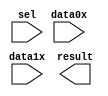
// megafunction wizard: %LPM_MUX%VBB%
// GENERATION: STANDARD
// VERSION: WM1.0
// MODULE: lpm_mux 

// ============================================================
// Megafunction Name(s):
// 			lpm_mux
//
// Simulation Library Files(s):
// 			lpm
// ============================================================
// ************************************************************
// THIS IS A WIZARD-GENERATED FILE. DO NOT EDIT THIS FILE!
//
// 9.1 Build 222 10/21/2009 SJ Full Version
// ************************************************************

//Copyright (C) 1991-2009 Altera Corporation
//Your use of Altera Corporation's design tools, logic functions 
//and other software and tools, and its AMPP partner logic 
//functions, and any output files from any of the foregoing 
//(including device programming or simulation files), and any 
//associated documentation or information are expressly subject 
//to the terms and conditions of the Altera Program License 
//Subscription Agreement, Altera MegaCore Function License 
//Agreement, or other applicable license agreement, including, 
//without limitation, that your use is for the sole purpose of 
//programming logic devices manufactured by Altera and sold by 
//Altera or its authorized distributors.  Please refer to the 
//applicable agreement for further details.

module lpm_mux_32b_2 (
	data0x,
	data1x,
	sel,
	result);

	input	[31:0]  data0x;
	input	[31:0]  data1x;
	input	  sel;
	output	[31:0]  result;

endmodule

// ============================================================
// CNX file retrieval info
// ============================================================
// Retrieval info: PRIVATE: INTENDED_DEVICE_FAMILY STRING "Stratix II"
// Retrieval info: PRIVATE: SYNTH_WRAPPER_GEN_POSTFIX STRING "0"
// Retrieval info: CONSTANT: LPM_SIZE NUMERIC "2"
// Retrieval info: CONSTANT: LPM_TYPE STRING "LPM_MUX"
// Retrieval info: CONSTANT: LPM_WIDTH NUMERIC "32"
// Retrieval info: CONSTANT: LPM_WIDTHS NUMERIC "1"
// Retrieval info: USED_PORT: data0x 0 0 32 0 INPUT NODEFVAL data0x[31..0]
// Retrieval info: USED_PORT: data1x 0 0 32 0 INPUT NODEFVAL data1x[31..0]
// Retrieval info: USED_PORT: result 0 0 32 0 OUTPUT NODEFVAL result[31..0]
// Retrieval info: USED_PORT: sel 0 0 0 0 INPUT NODEFVAL sel
// Retrieval info: CONNECT: result 0 0 32 0 @result 0 0 32 0
// Retrieval info: CONNECT: @data 0 0 32 32 data1x 0 0 32 0
// Retrieval info: CONNECT: @data 0 0 32 0 data0x 0 0 32 0
// Retrieval info: CONNECT: @sel 0 0 1 0 sel 0 0 0 0
// Retrieval info: LIBRARY: lpm lpm.lpm_components.all
// Retrieval info: GEN_FILE: TYPE_NORMAL lpm_mux_32b_2.v TRUE
// Retrieval info: GEN_FILE: TYPE_NORMAL lpm_mux_32b_2.inc FALSE
// Retrieval info: GEN_FILE: TYPE_NORMAL lpm_mux_32b_2.cmp FALSE
// Retrieval info: GEN_FILE: TYPE_NORMAL lpm_mux_32b_2.bsf TRUE FALSE
// Retrieval info: GEN_FILE: TYPE_NORMAL lpm_mux_32b_2_inst.v FALSE
// Retrieval info: GEN_FILE: TYPE_NORMAL lpm_mux_32b_2_bb.v TRUE
// Retrieval info: LIB_FILE: lpm